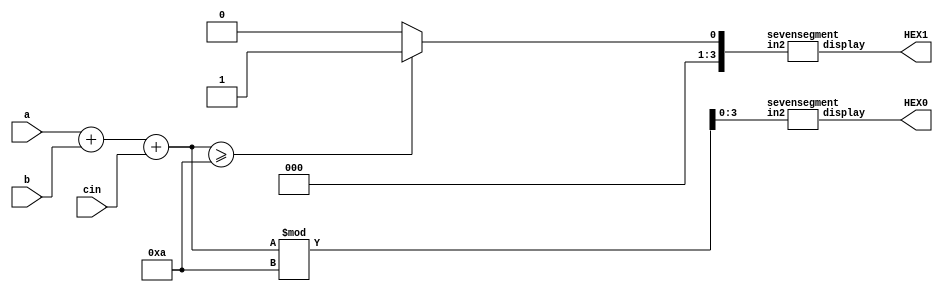
module twobitadder(
	input [2:0]a,b,
	input cin,
	output [0:6] HEX1,HEX0
);
reg [3:0]sum,cout,sum2;

always@(*) begin
 
	cout <= sum >= 10 ? 1 : 0;
	sum <= a + b + cin;
	sum2 <= sum % 10;
end

sevensegment sevensegment0(sum2,HEX0);
sevensegment sevensegment1(cout,HEX1);

endmodule



module sevensegment(
	input [3:0]in2,
	output reg[6:0]display
);
always@(*) begin
    case(in2)
    0 : display = 7'b0000001;
    1 : display = 7'b1001111;
    2 : display = 7'b0010010;
    3 : display = 7'b0000110;
    4 : display = 7'b1001100;
    5 : display = 7'b0100100;
    6 : display = 7'b0100000;
    7 : display = 7'b0001111;
    8 : display = 7'b0000000;
    9 : display = 7'b0000100;
    default: display = 7'b1111111;
    endcase
end
endmodule